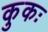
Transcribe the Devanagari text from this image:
कुकः